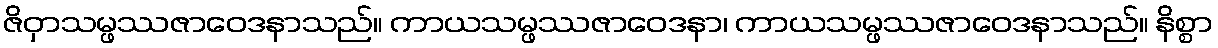
ဇိဝှာသမ္ဖဿဇာဝေဒနာသည်။ ကာယသမ္ဖဿဇာဝေဒနာ၊ ကာယသမ္ဖဿဇာဝေဒနာသည်။ နိစ္စာ